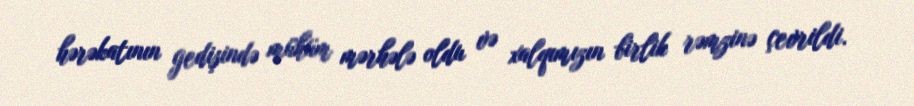
hərəkatının gedişində mühüm mərhələ oldu və xalqımızın birlik rəmzinə çevrildi.